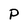
Character: P